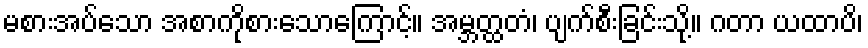
မစားအပ်သော အစာကိုစားသောကြောင့်။ အမ္ဘတ္ထတံ၊ ပျက်စီးခြင်းသို့။ ဂတာ ယထာပိ၊